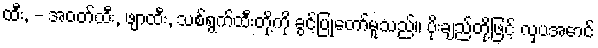
ထီး, - အဝတ်ထီး, ဖျာထီး, သစ်ရွက်ထီးတို့ကို ခွင့်ပြုတော်မူသည်။ ပိုးချည်တို့ဖြင့် လှပအောင်